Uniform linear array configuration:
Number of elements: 8
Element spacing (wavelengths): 0.75
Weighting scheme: blackman
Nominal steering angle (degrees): -60
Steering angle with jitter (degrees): -61.486
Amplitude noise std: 0.05
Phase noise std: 0.05

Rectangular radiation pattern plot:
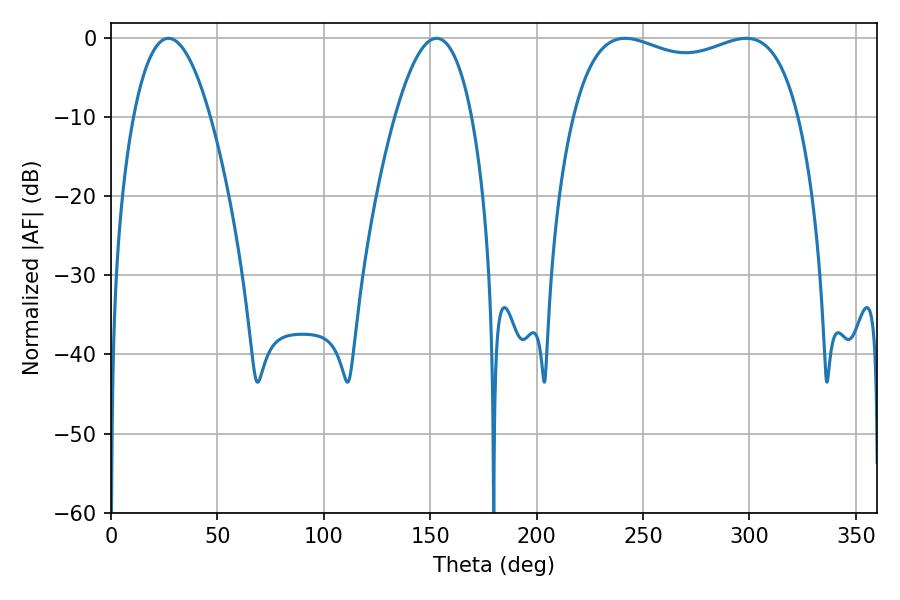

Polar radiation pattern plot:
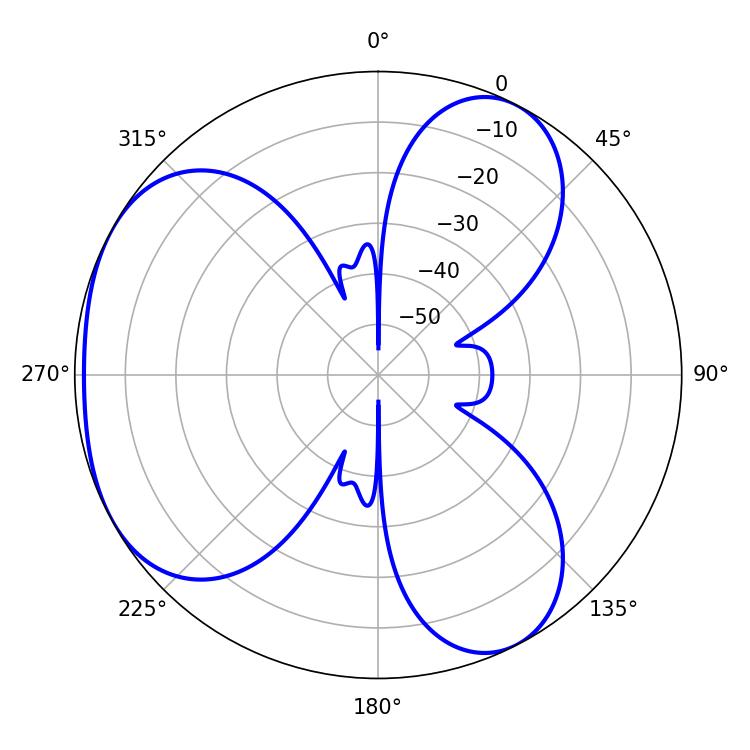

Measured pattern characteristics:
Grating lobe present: TRUE
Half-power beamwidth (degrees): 87.12
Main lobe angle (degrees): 241.56